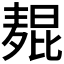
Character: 𬹋